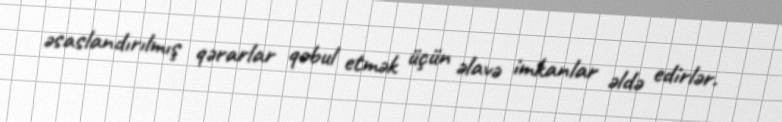
əsaslandırılmış qərarlar qəbul etmək üçün əlavə imkanlar əldə edirlər.